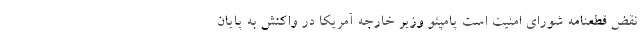
نقض قطعنامه شورای امنیت است پامپئو وزیر خارجه آمریکا در واکنش به پایان